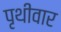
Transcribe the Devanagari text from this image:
पृथीवार